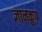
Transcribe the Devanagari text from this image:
ज्ञानकूप